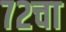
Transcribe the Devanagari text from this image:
७२चा